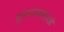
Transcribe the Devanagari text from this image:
सुजनात्मकताओं